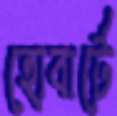
হোবার্টে